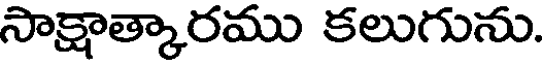
సాక్షాత్కారము కలుగును.